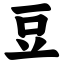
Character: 豆